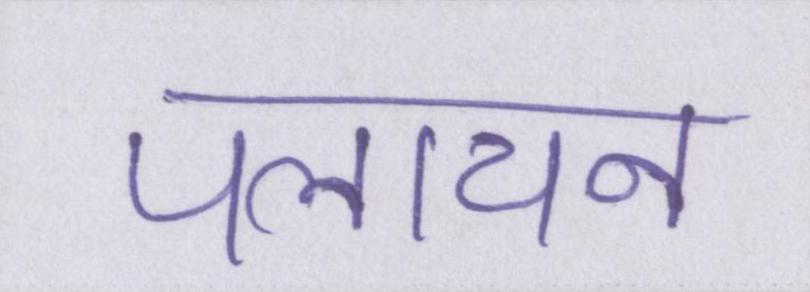
पलायन